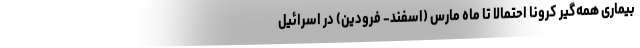
بیماری همه‌گیر کرونا احتمالا تا ماه مارس (اسفند- فرودین) در اسرائیل